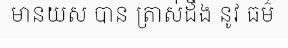
មានយស បាន ត្រាស់ដឹង នូវ ធម៌